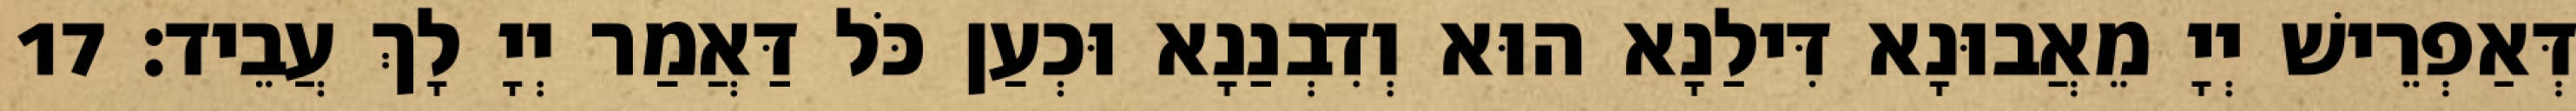
דְּאַפְרֵישׁ יְיָ מֵאֲבוּנָא דִּילַנָא הוּא וְדִבְנַנָא וּכְעַן כֹּל דַּאֲמַר יְיָ לָךְ עֲבֵיד׃ 17